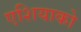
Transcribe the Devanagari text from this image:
एशियाको